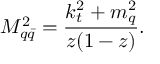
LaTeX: M _ { q { \bar { q } } } ^ { 2 } = \frac { k _ { t } ^ { 2 } + m _ { q } ^ { 2 } } { z ( 1 - z ) } .